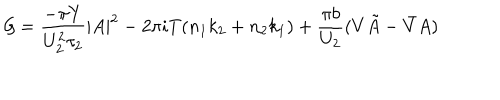
{ \cal G } = \frac { - \pi Y } { U _ { 2 } ^ { 2 } \tau _ { 2 } } | A | ^ { 2 } - 2 \pi i T ( n _ { 1 } k _ { 2 } + n _ { 2 } k _ { 1 } ) + \frac { \pi b } { U _ { 2 } } ( V \tilde { A } - \bar { V } A )